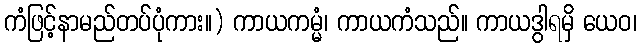
ကံဖြင့်နာမည်တပ်ပုံကား။) ကာယကမ္မံ၊ ကာယကံသည်။ ကာယဒွါရမှိ ယေဝ၊